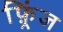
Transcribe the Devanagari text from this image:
फ़्रिंज